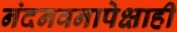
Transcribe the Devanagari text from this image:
नंदनवनापेक्षाही